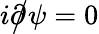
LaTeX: i\partial\! \! \! {\big/}\psi=0